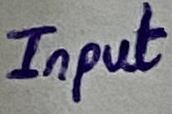
Text: Input